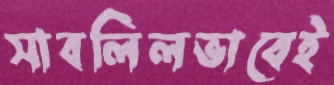
সাবলিলভাবেই